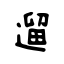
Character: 遛